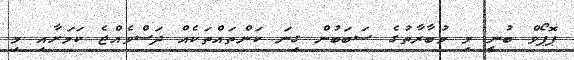
ޕޮޕޯވް ބުނީ މި މުބާރާތުގެ ސަބަބުން ގިނަ ކަންތައްތަކެއް ދަސްވެއްޖެ ކަމަށާއި މި